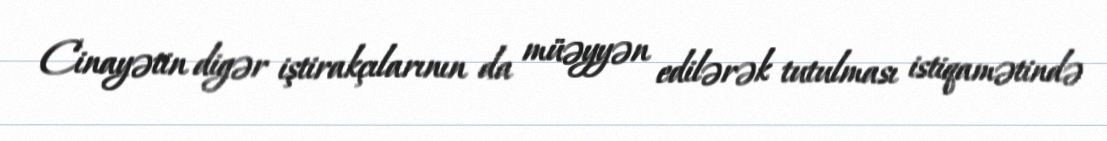
Cinayətin digər iştirakçılarının da müəyyən edilərək tutulması istiqamətində